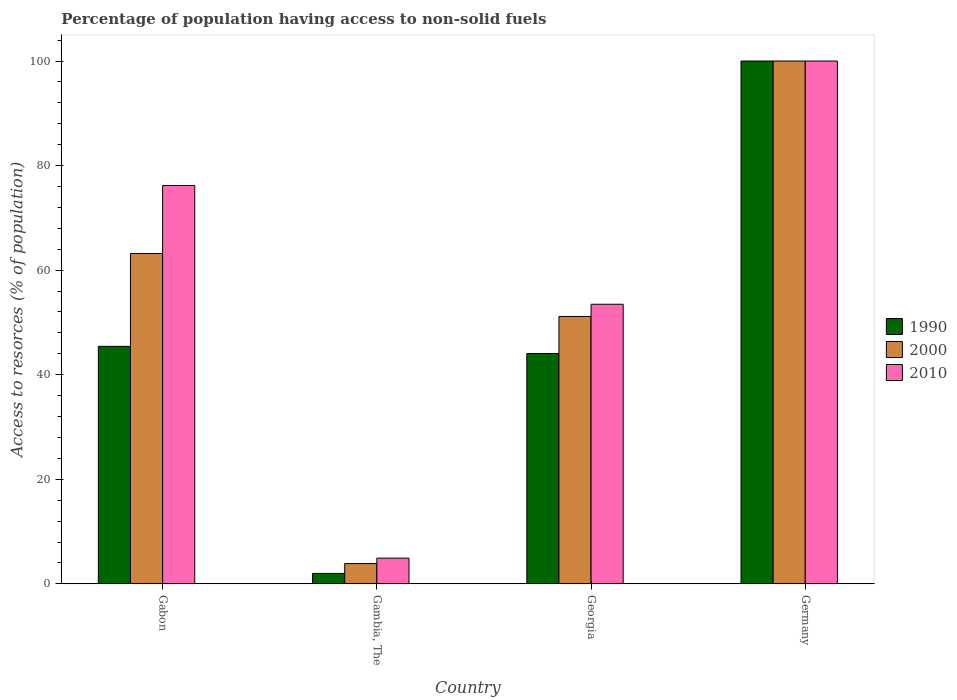
| Country | 1990 | 2000 | 2010 |
 | --- | --- | --- | --- |
 | Gabon | 45.4 | 63.2 | 76.2 |
 | Gambia, The | 2 | 3.88 | 4.92 |
 | Georgia | 44.1 | 51.1 | 53.5 |
 | Germany | 100 | 100 | 100 |